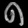
Digit: ၈